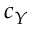
c _ { Y }